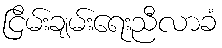
ငြိမ်းချမ်းရေးညီလာခံ